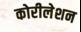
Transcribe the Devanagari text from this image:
कोरीलेशन